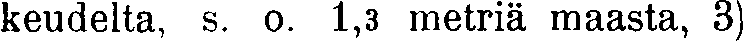
keudelta, s. o. 1,3 metriä maasta, 3)